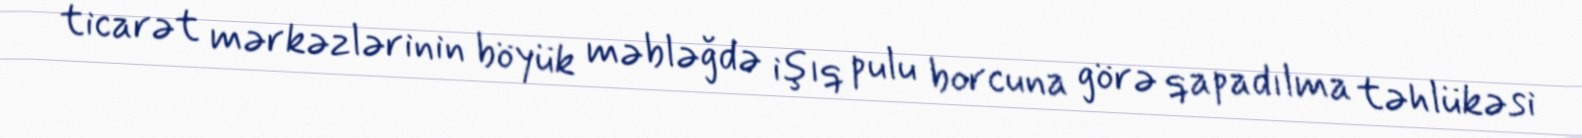
ticarət mərkəzlərinin böyük məbləğdə işıq pulu borcuna görə qapadılma təhlükəsi